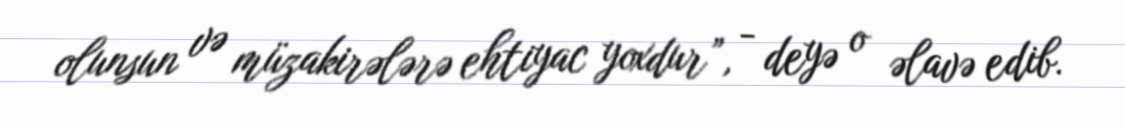
olunsun və müzakirələrə ehtiyac yoxdur”, - deyə o əlavə edib.